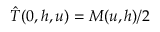
\hat { T } ( 0 , h , u ) = M ( u , h ) / 2